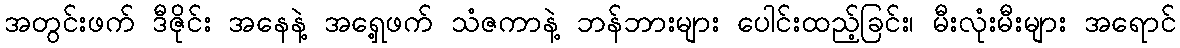
အတွင်းဖက် ဒီဇိုင်း အနေနဲ့ အရှေ့ဖက် သံဇကာနဲ့ ဘန်ဘားများ ပေါင်းထည့်ခြင်း၊ မီးလုံးမီးများ အရောင်